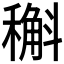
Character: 𥡿